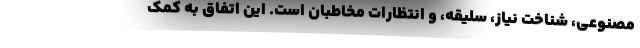
مصنوعی، شناخت نیاز، سلیقه، و انتظارات مخاطبان است. این اتفاق به کمک